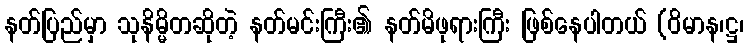
နတ်ပြည်မှာ သုနိမ္မိတဆိုတဲ့ နတ်မင်းကြီး၏ နတ်မိဖုရားကြီး ဖြစ်နေပါတယ် (ဝိမာန၊ဋ္ဌ၊